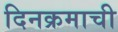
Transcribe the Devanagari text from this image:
दिनक्रमाची